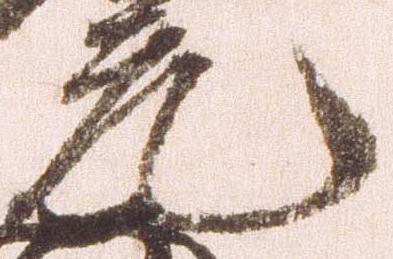
元